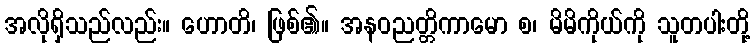
အလိုရှိသည်လည်း။ ဟောတိ၊ ဖြစ်၏။ အနဝညတ္တိကာမော စ၊ မိမိကိုယ်ကို သူတပါးတို့